Scottish Leaving Certificate Examination, 1959
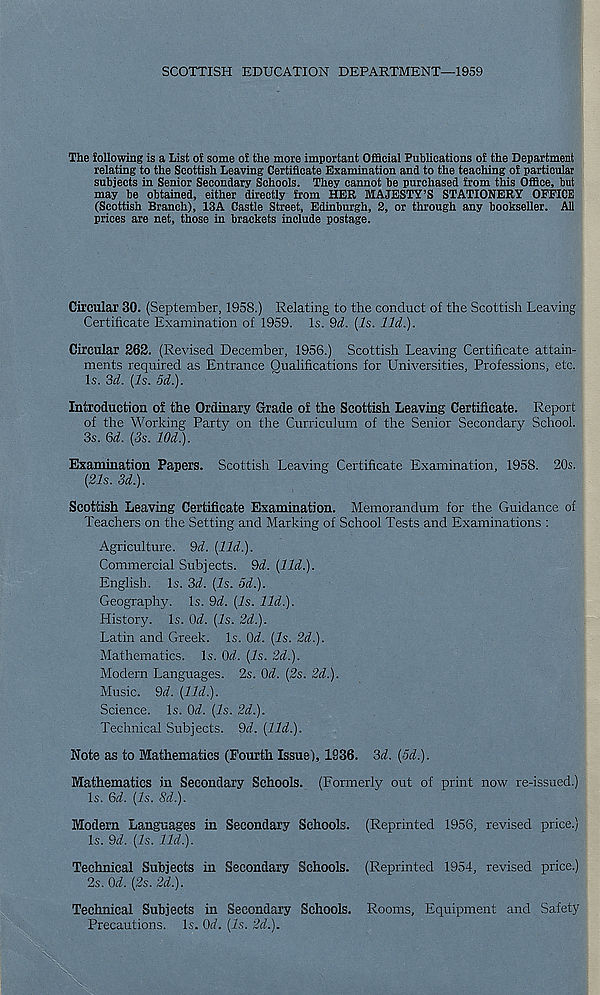
SCOTTISH EDUCATION DEPARTMENT—1959
The following is a List of some of the more important Official Publications of the Department
relating to the Scottish Leaving Certificate Examination and to the teaching of particular
subjects in Senior Secondary Schools. They cannot be purchased from this Office, but
may be obtained, either directly from HER MAJESTY’S STATIONERY OFFICE
(Scottish Branch), 13A Castle Street, Edinburgh, 2, or through any bookseller. AU
prices are net, those in brackets include postage.
Circular 30. (September, 195S.) Relating to the conduct of the Scottish Leaving
Certificate Examination of 1959. Is. 9d. (Is. lid.).
Circular 262. (Revised December, 1956.) Scottish Leaving Certificate attain-
ments required as Entrance Qualifications for Universities, Professions, etc.
Is. 3d. (Is. 5d.).
Introduction of the Ordinary Grade of the Scottish Leaving Certificate. Report
of the Working Party on the Curriculum of the Senior Secondary School.
3s. Gd. (3s. 10d.).
Examination Papers. Scottish Leaving Certificate Examination, 1958. 20s.
(21s. 3d.).
Scottish Leaving Certificate Examination. Memorandum for the Guidance of
Teachers on the Setting and Marking of School Tests and Examinations :
Agriculture. 9d. (lid.).
Commercial Subjects. 9d. (lid.).
English. Is. 3d. (Is. 5d.).
Geography. Is. 9d. (Is. lid.).
History. Is. Od. (Is. 2d.).
Latin and Greek. Is. Od. (Is. 2d.).
Mathematics. Is. Od. (Is. 2d.).
Modern Languages. 2s. Od. (2s. 2d.).
Music. 9d. (lid.).
Science. Is. Od. (Is. 2d.).
Technical Subjects. 9d. (lid.).
Rote as to Mathematics (Fourth Issue), 1936. 3d. (od.).
Mathematics in Secondary Schools. (Formerly out of print now re-issued.)
Is. Gd. (Is. Sd.).
Modem Languages in Secondary Schools. (Reprinted 1956, revised price.)
Is. 9d. (Is. lid.).
Technical Subjects in Secondary Schools. (Reprinted 1954, revised price.)
2s. Od. (2s. 2d.).
Technical Subjects in Secondary Schools. Rooms, Equipment and Safety
Precautions. Is. Od. (Is. 2d.).